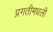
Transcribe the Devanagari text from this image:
प्रगतीमधली